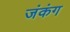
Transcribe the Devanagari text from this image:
जंकंग